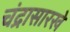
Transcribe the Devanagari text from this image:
चंद्रासारखे